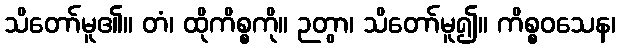
သိတော်မူ၏။ တံ၊ ထိုကိစ္စကို။ ဉတွာ၊ သိတော်မူ၍။ ကိစ္စဝသေန၊